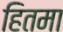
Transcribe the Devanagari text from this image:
हितमा